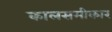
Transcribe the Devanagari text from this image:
कालसमीकार